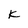
Character: K